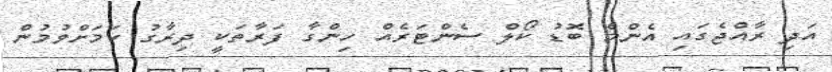
އަދި ރާއްޖެގައި އެންމެ ބޮޑު ކޯލް ސެންޓަރެއް ހިންގާ ފަރާތަކީ ދިރާގު ކަމަށްވުމުން